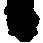
候